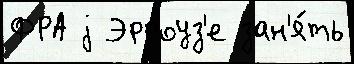
ФРА j Эрроуз'е зан'я́ть